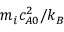
m _ { i } c _ { A 0 } ^ { 2 } / k _ { B }